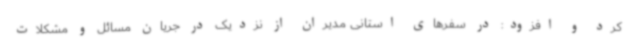
کرد و افزود: در سفرهای استانی مدیران از نزدیک در جریان مسائل و مشکلات